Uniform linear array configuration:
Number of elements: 8
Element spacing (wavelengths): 0.5
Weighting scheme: cosine
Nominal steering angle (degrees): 30
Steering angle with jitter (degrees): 30.134
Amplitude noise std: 0.05
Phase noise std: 0.05

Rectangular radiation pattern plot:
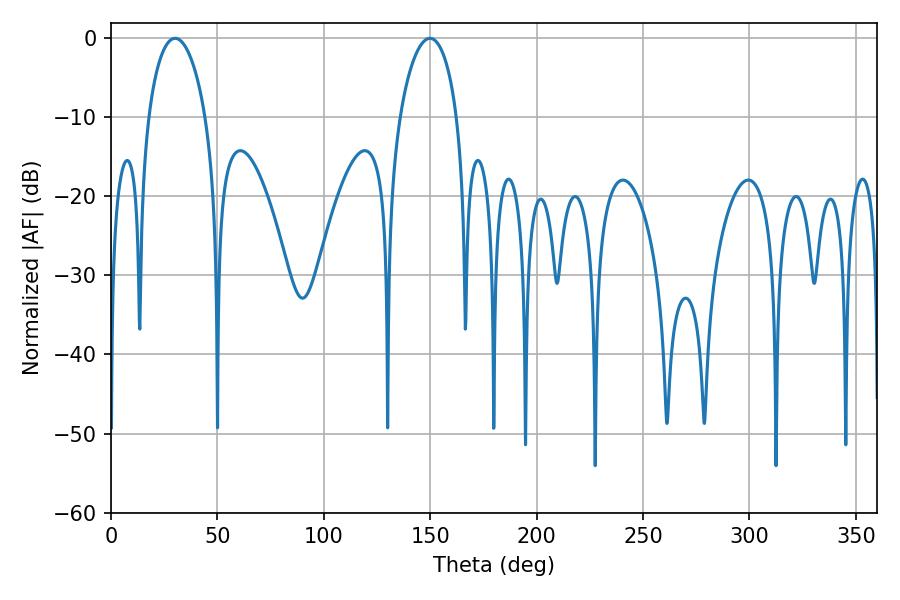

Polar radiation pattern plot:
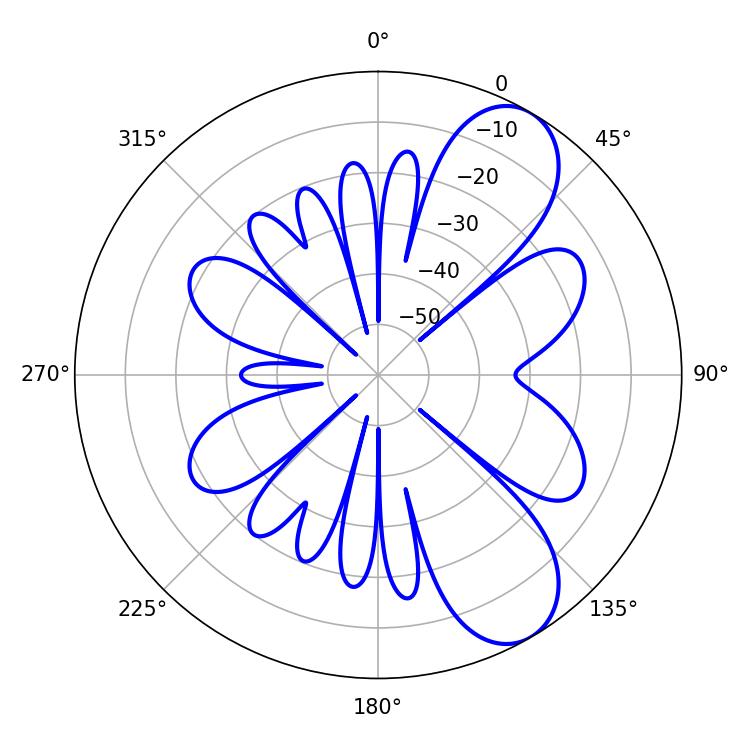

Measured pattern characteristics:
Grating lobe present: FALSE
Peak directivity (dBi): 8.381
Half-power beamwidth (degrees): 15.48
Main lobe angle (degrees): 30.06